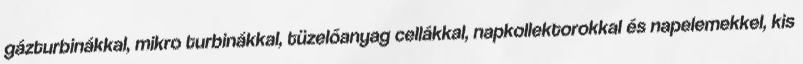
gázturbinákkal, mikro turbinákkal, tüzelőanyag cellákkal, napkollektorokkal és napelemekkel, kis